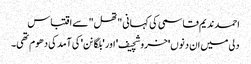
احمد ندیم قاسمی کی کہانی "تھل" سے اقتباس
دلی میں ان دنوں 'خروشچیف' اور 'بلگانن' کی آمد کی دھوم تھی۔